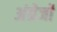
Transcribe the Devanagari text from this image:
अंग्रेजोंं